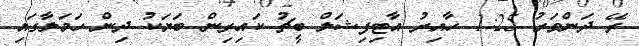
ރޭ ދަންވަރު 1:25 ހާއިރު އާޓިފިޝަލް ބީޗު ކައިރިން ބަޔަކު ދިން ހަމަލާގައި